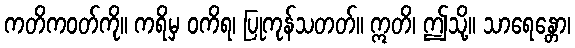
ကတိကဝတ်ကို။ ကရိမှ ဝကိရ၊ ပြုကုန်သတတ်။ ဣတိ၊ ဤသို့။ သာရေန္တော၊